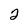
Character: 2